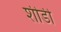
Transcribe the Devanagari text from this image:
शीर्डी